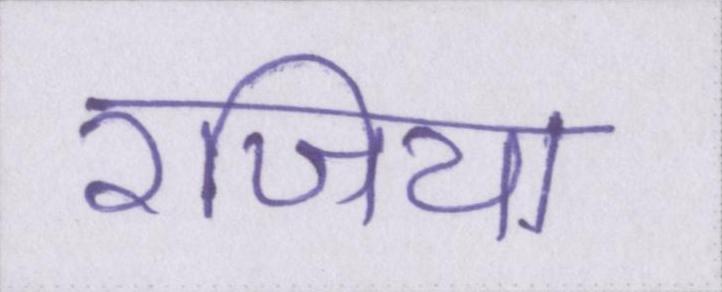
रजिया